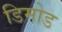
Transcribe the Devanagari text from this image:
डिमोड